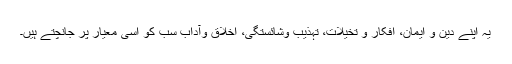
یہ اپنے دین و ایمان، افکار و تخیلات، تہذیب وشائستگی، اخلاق وآداب سب کو اسی معیار پر جانچتے ہیں۔